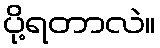
ပို့ရတာလဲ။